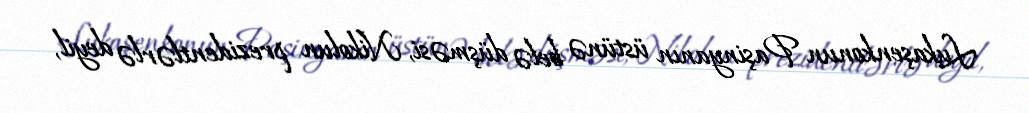
Lukaşenkonun Paşinyanın üstünə belə düşməsi, Nikolun prezidentlərlə deyil,